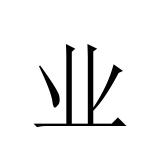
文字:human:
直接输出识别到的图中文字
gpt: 业